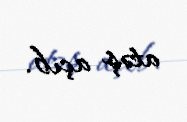
atəş açıb.